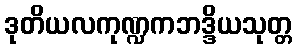
ဒုတိယလကုဏ္ဍကဘဒ္ဒိယသုတ္တ